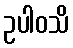
ဥပါဝသိ